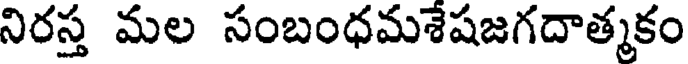
నిరస్త మల సంబంధమశేషజగదాత్మకం